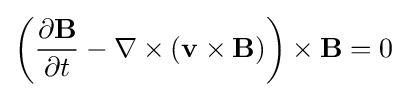
\left({\frac {\partial \mathbf {B} }{\partial t}}-\nabla \times \left(\mathbf {v} \times \mathbf {B} \right)\right)\times \mathbf {B} =0